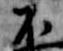
不